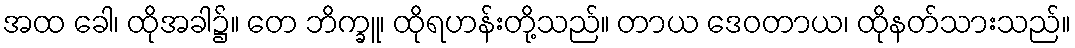
အထ ခေါ၊ ထိုအခါ၌။ တေ ဘိက္ခူ၊ ထိုရဟန်းတို့သည်။ တာယ ဒေဝတာယ၊ ထိုနတ်သားသည်။